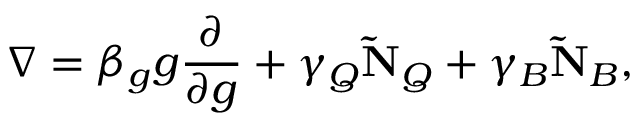
\nabla = \beta _ { g } g \frac { \partial } { \partial g } + \gamma _ { Q } \mathbf { \tilde { N } } _ { Q } + \gamma _ { B } \mathbf { \tilde { N } } _ { B } ,